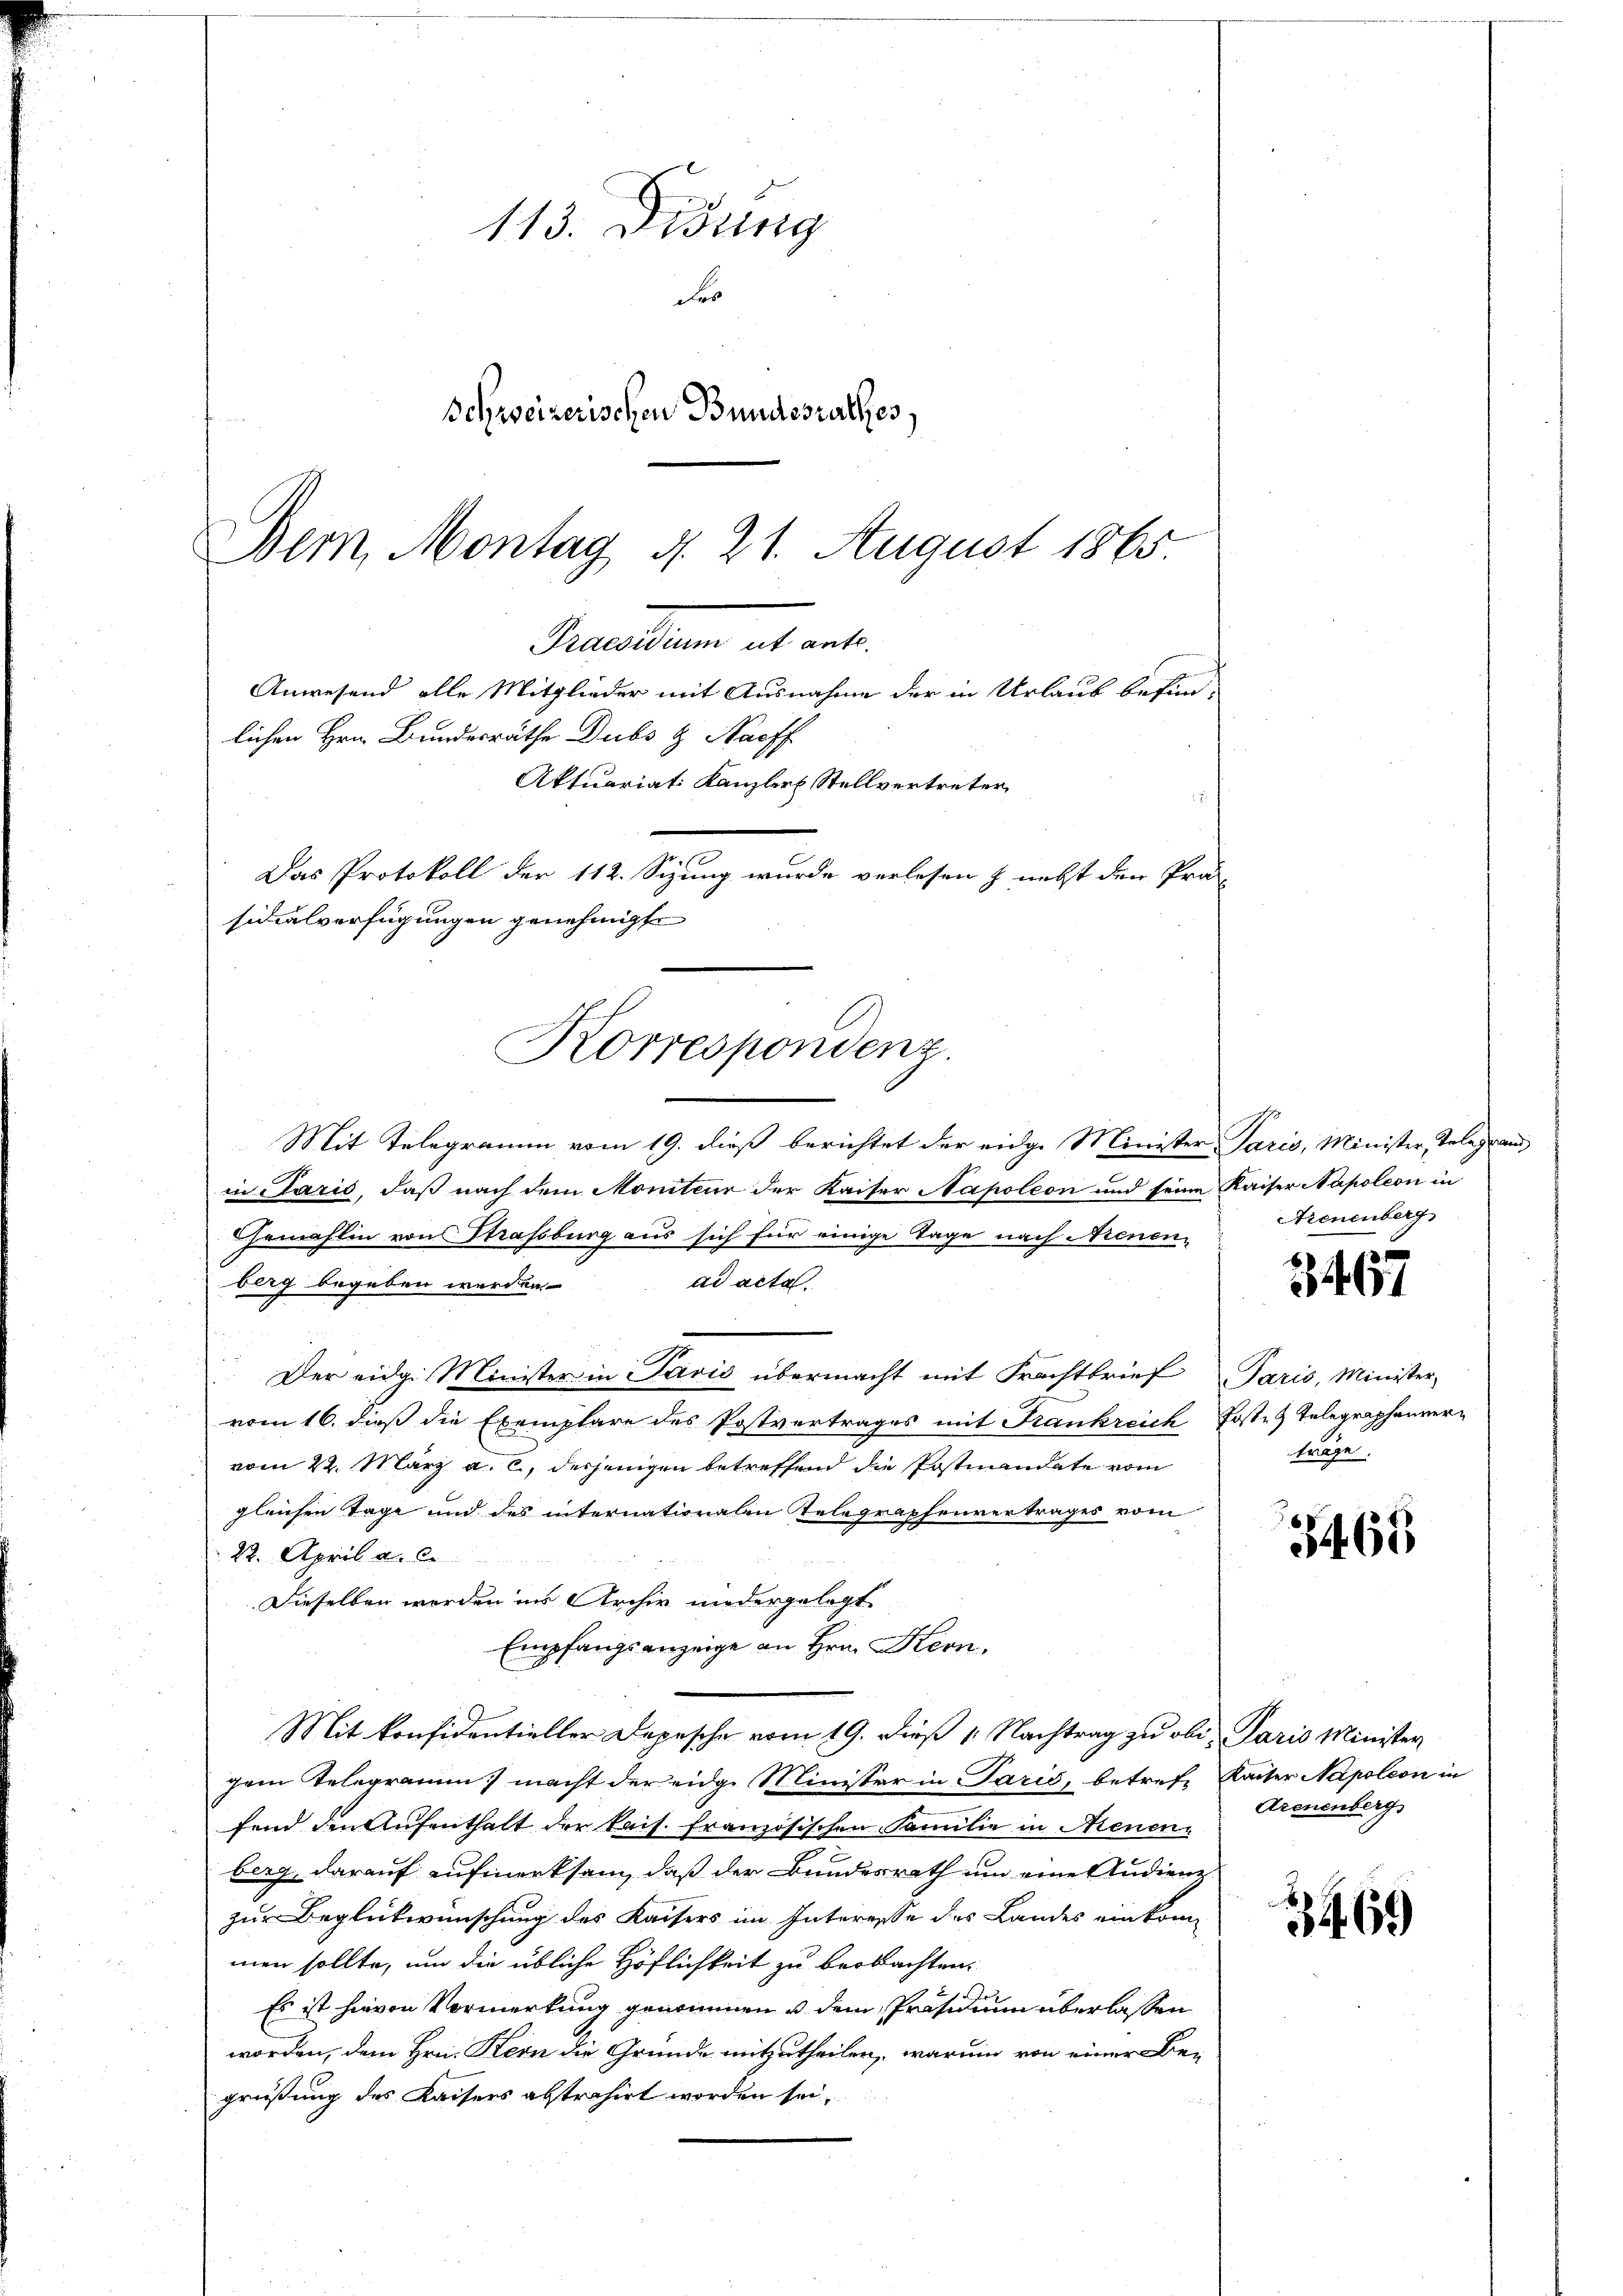
113. Didung
Fes
Schweizerischen Bundesrathes,
Bern, Montag d. 21. August 1865

Serasten ab al
Anwesend alle Mitglieder mit Ausnahme der in Urlaub befin-
lichen Hrn. Bundesräthe Dubs & Naoff
Aktuariat Kanzler Stellvertreter
Das Protokoll der 112. Sizung wurde verlesen & nebst den Prä-
sidialverfügungen genehmigte
Korrespondenz.

Mit Telegramm vom 19. dieß berichtet der eidg. Minister Paris, Minister, Telegrand
in Paris, daß nach dem Moniteur der Kaiser Napoleon und seine Kaiser Napoleon in
hemahlin von Strassburg aus sich für einige Tage nach Neuen-
berg begeben werden.
ad acta.
Der eidg. Minister in Javis übermacht mit Frachtbrief Paris, Minister
vom 16. dieß die Exemplare des Postvertrages mit Frankreich Post- & Telegraphenvervom 22. März a. c., desjenigen betreffend die Postmandate vom
gleichen Tage und des internationalen Telegraphenvertrages vom
22. April a. c.
Dieselben werden ins Archiv niedergelegt
Empfangsanzeige an Hrn. Kern,
Mit konfidentieller Depesche vom 19. dieß 1. Nachtrag zu ob. Paris Minister
gem Telegramm macht der eidg. Minister in Paris, betrete Kaiser Napoleon in
fend den Aufenthalt der kais. Französischen Familie in Neuen-
berg, darauf aufmerksam, daß der Bundesrath um eine Audienz
zur Beglückwünschung des Kaisers im Interesse des Landes einkommen sollte, um die übliche Höflichkeit zu beobachten.
Es ist hievon Vormerkung genommens dem Präsidium überlassen
worden, dem Hrn. Kern die Gründe mitzutheilen, warum von einer Be-
grüßung des Kaisers abstrahirt worden sei,

Arenenberg

.

träge.

3465

Arenenberg

3469